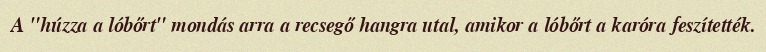
A "húzza a lóbőrt" mondás arra a recsegő hangra utal, amikor a lóbőrt a karóra feszítették.